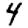
Digit: 4